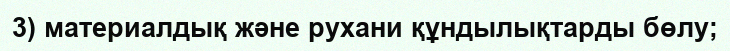
3) материалдық және рухани құндылықтарды бөлу;